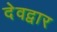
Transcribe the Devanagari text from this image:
देवद्वार